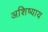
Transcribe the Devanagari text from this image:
अशिष्याय